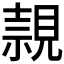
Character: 𧡘